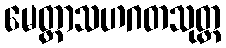
မေတ္တာသဟဂတသုတ္တ